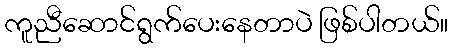
ကူညီဆောင်ရွက်ပေးနေတာပဲ ဖြစ်ပါတယ်။